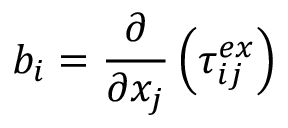
b _ { i } = \frac { \partial } { \partial x _ { j } } \left( \tau _ { i j } ^ { e x } \right)